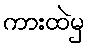
ကားထဲမှ